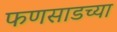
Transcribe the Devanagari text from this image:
फणसाडच्या